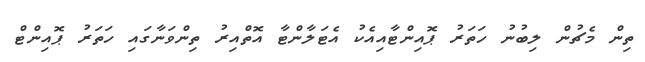
ތިން މެޗުން ލިބުނު ހަތަރު ޕޮއިންޓާއިއެކު އެޓަލާންޓާ އޮތްއިރު ތިންވަނާގައި ހަތަރު ޕޮއިންޓް